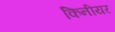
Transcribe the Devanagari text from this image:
किनीयर